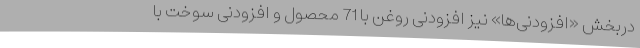
دربخش «افزودنی‌ها» نیز افزودنی روغن با 71 محصول و افزودنی سوخت با